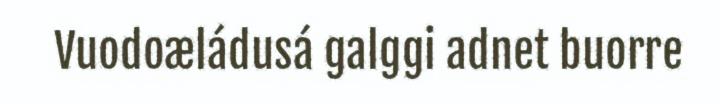
Vuodoæládusá galggi adnet buorre